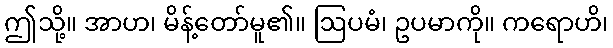
ဤသို့။ အာဟ၊ မိန့်တော်မူ၏။ ဩပမံ၊ ဥပမာကို။ ကရောဟိ၊